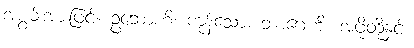
အစွမ်းအားဖြင့်။ ဥဘောဟိ၊ ကုန်သော။ ဘာဂေဟိ၊ အဖို့တို့နှင့်။